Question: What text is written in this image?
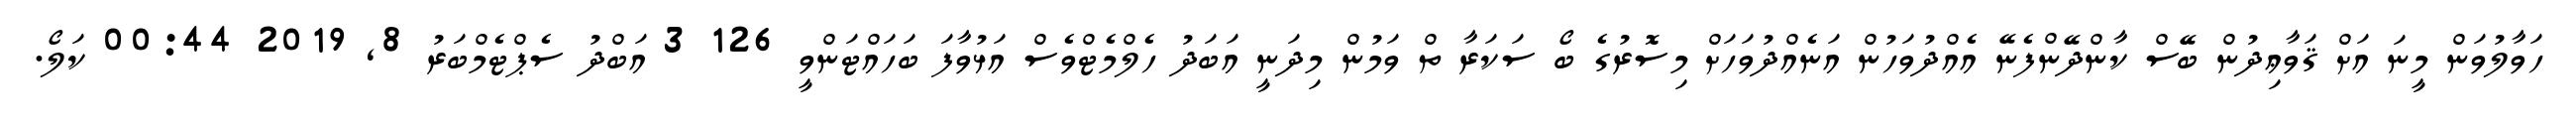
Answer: ހަވާލުވަން މީނަ އަށް ޤަވާޢިދުން ބޭސް ކާންދޭންފެނޭ އެއްދުވަހުން އަނެއްދުވަހަށް މިސޮރުގެ ބޯ ސަކަރާ ތް ވަމުން މިދަނީ އަބަދު ހެލްމެޓްވެސް އަޅުވާފަ ބަހައްޓަންވީ 126 3 އަބްދު ސެޕްޓެމްބަރު 8, 2019 00:44 ކަލޯ.